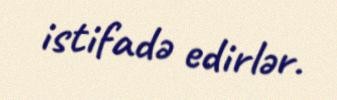
istifadə edirlər.